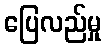
ပြေလည်မှု